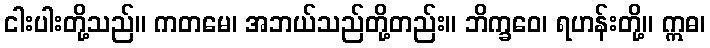
ငါးပါးတို့သည်။ ကတမေ၊ အဘယ်သည်တို့တည်း။ ဘိက္ခဝေ၊ ရဟန်းတို့။ ဣဓ၊